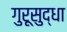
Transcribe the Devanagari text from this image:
गुरूसुद्धा